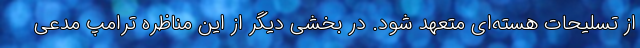
از تسلیحات هسته‌ای متعهد شود. در بخشی دیگر از این مناظره ترامپ مدعی